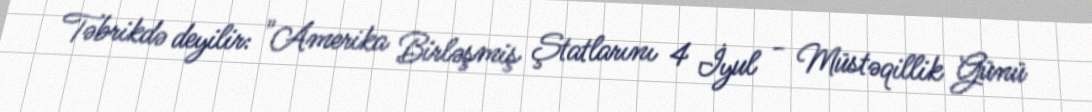
Təbrikdə deyilir: "Amerika Birləşmiş Ştatlarını 4 İyul - Müstəqillik Günü